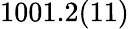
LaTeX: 1001.2(11)